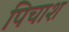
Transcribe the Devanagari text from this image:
पिचाश